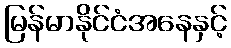
မြန်မာနိုင်ငံအနေနှင့်